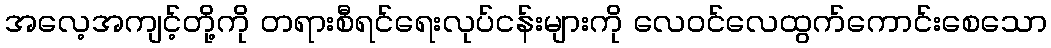
အလေ့အကျင့်တို့ကို တရားစီရင်ရေးလုပ်ငန်းများကို လေဝင်လေထွက်ကောင်းစေသော